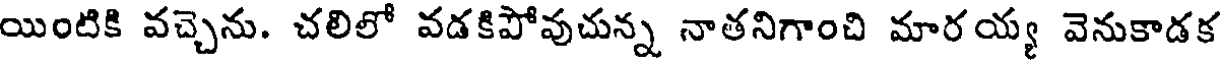
యింటికి వచ్చెను. చలిలో వడకిపోవుచున్న నాతనిగాంచి మారయ్య వెనుకాడక